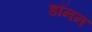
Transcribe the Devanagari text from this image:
डॉनन